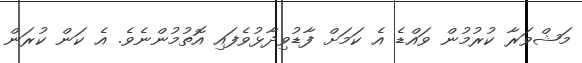
މަޝްވަރާ ކުރުމުން ވައްޑެ އެ ކަމަށް ފާޑުވިދާޅުވެފައި އޮތުމުންނެވެ. އެ ކަން ކުރަން